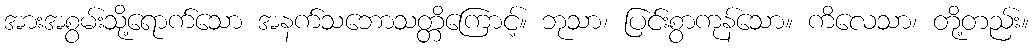
အားအစွမ်းသို့ရောက်သော အနက်သဘောသတ္တိကြောင့်။ ဘုသာ၊ ပြင်းစွာကုန်သော။ ကိလေသာ၊ တို့တည်း။